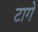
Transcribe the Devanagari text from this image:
टागे